画像に写った文字を読んでください
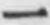
「一」と書いてあります